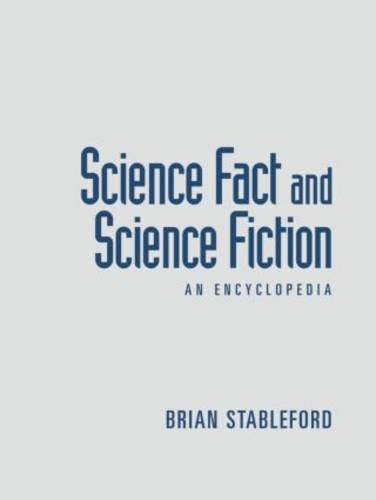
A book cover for Science Fact and Science Fiction: An Encyclopedia; Brian Stableford; Reference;